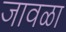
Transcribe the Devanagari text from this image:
जावळा